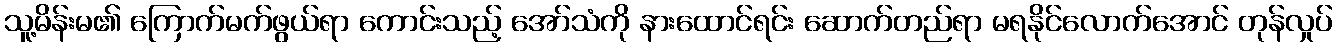
သူ့မိန်းမ၏ ကြောက်မက်ဖွယ်ရာ ကောင်းသည့် အော်သံကို နားထောင်ရင်း ဆောက်တည်ရာ မရနိုင်လောက်အောင် တုန်လှုပ်